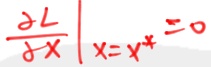
$\left.\frac{\partial L}{\partial X}\right|_{X = X^{*}} = 0$